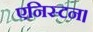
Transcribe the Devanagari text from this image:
एनिस्टन।